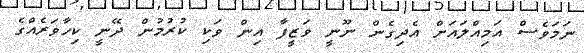
ނަމަވެސް އަމިއްލައަށް އެދިގެން ނޫނީ ވަޒީފާ އިން ވަކި ކުރުމުން ދޭނީ ކިހާވަރެއްގެ